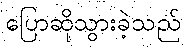
ပြောဆိုသွားခဲ့သည်